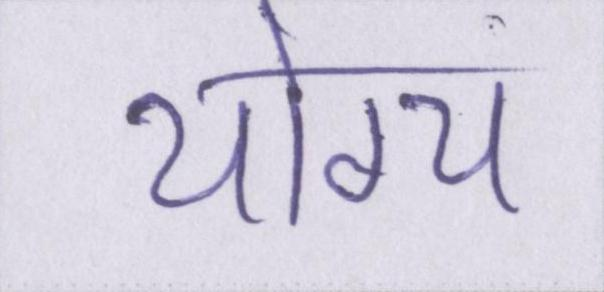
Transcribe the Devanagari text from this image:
योग्य